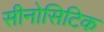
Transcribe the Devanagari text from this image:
सीनोसिटिक